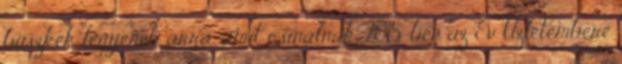
büszkék legyenek arra, amit csinálnak. 2015-ben az Év Üzletembere